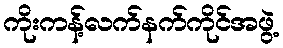
ကိုးကန့်လက်နက်ကိုင်အဖွဲ့